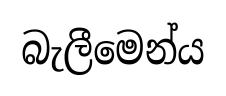
බැලීමෙන්ය